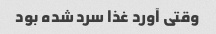
وقتی آورد غذا سرد شده بود